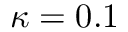
\kappa = 0 . 1